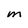
Character: M